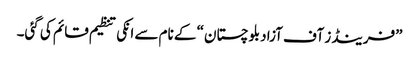
”فرینڈز آف آزاد بلوچستان“ کے نام سے انکی تنظیم قائم کی گئی۔